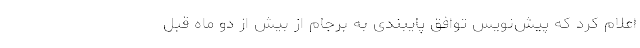
اعلام کرد که پیش‌نویس توافق پایبندی به برجام از بیش از دو ماه قبل